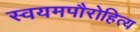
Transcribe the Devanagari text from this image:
स्वयमपौरोहित्य